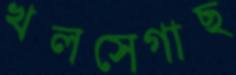
খলসেগাছ